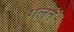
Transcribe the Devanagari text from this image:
गल़त